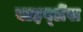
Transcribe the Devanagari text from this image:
बाइप्‍लेंस